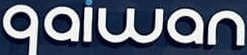
qaiwan